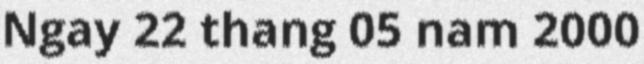
Ngay 22 thang 05 nam 2000